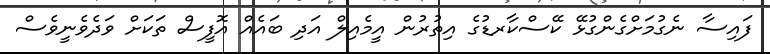
ފައިސާ ނެގުމަށްގެންގުޅޭ ކޭސްކާރޑުގެ އިތުރުން އީމެއިލް އަދި ބައެއް އޮފީސް ތަކަށް ވަދެވެނީވެސް